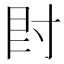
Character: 𡬠